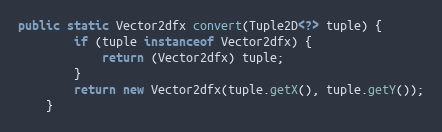
Language: Java
public static Vector2dfx convert(Tuple2D<?> tuple) {
		if (tuple instanceof Vector2dfx) {
			return (Vector2dfx) tuple;
		}
		return new Vector2dfx(tuple.getX(), tuple.getY());
	}